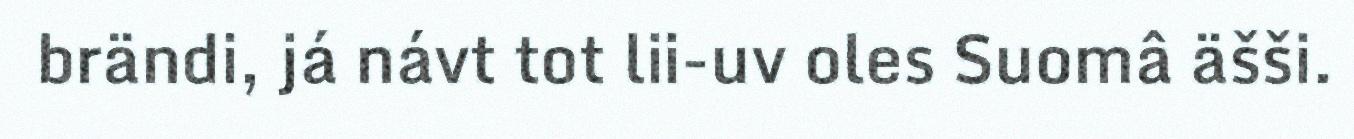
brändi, já návt tot lii-uv oles Suomâ äšši.